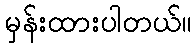
မှန်းထားပါတယ်။